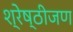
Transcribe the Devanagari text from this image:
श्रेष्ठीजण